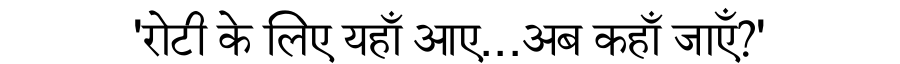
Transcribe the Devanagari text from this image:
'रोटी के लिए यहाँ आए...अब कहाँ जाएँ?'